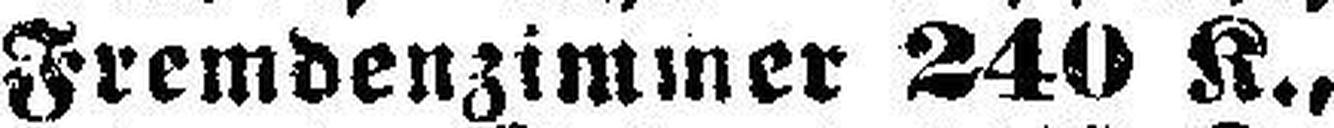
Fremdenzimmer 240 K.,